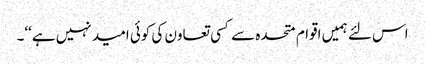
اس لئے ہمیں اقوام متحدہ سے کسی تعاون کی کوئی امید نہیں ہے‘‘۔